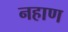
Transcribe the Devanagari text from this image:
नहाण